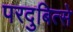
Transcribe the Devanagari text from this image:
परदुबित्से